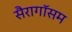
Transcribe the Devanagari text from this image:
सैरागॉसम